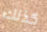
كذلك